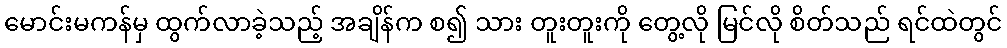
မောင်းမကန်မှ ထွက်လာခဲ့သည့် အချိန်က စ၍ သား တူးတူးကို တွေ့လို မြင်လို စိတ်သည် ရင်ထဲတွင်